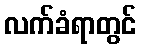
လက်ခံရာတွင်